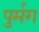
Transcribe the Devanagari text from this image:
पुर्मग